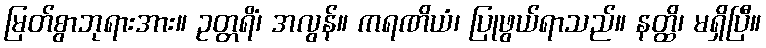
မြတ်စွာဘုရားအား။ ဥတ္တရိံ၊ အလွန်။ ကရဏိယံ၊ ပြုဖွယ်ရာသည်။ နတ္ထိ၊ မရှိပြီ။